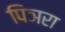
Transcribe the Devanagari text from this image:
पिञरा